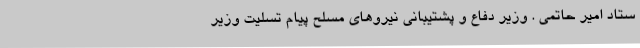
ستاد امیر حاتمی . وزیر دفاع و پشتیبانی نیروهای مسلح پیام تسلیت وزیر